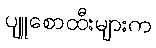
ပျူစောထီးများက